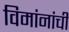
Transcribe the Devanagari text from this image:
विमांनांची